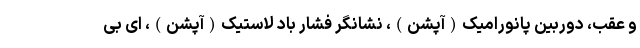
و عقب، دوربین پانورامیک(آپشن)، نشانگر فشار باد لاستیک(آپشن)، ای بی